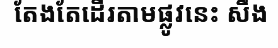
តែងតែដើរតាមផ្លូវនេះ សឹង